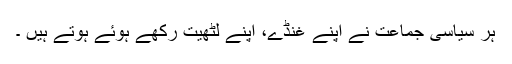
ہر سیاسی جماعت نے اپنے غنڈے، اپنے لٹھیت رکھے ہوئے ہوتے ہیں ۔